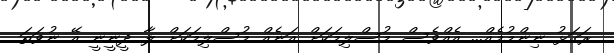
ރަގަޅު ނިންމުމެއް... އެއްވެސް މުސްލިމަކަށް އަނެއް މުސްލިމަކަށް ލާ ދީނީނީ އޭ ނުވަތަ